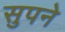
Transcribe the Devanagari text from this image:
सुपने